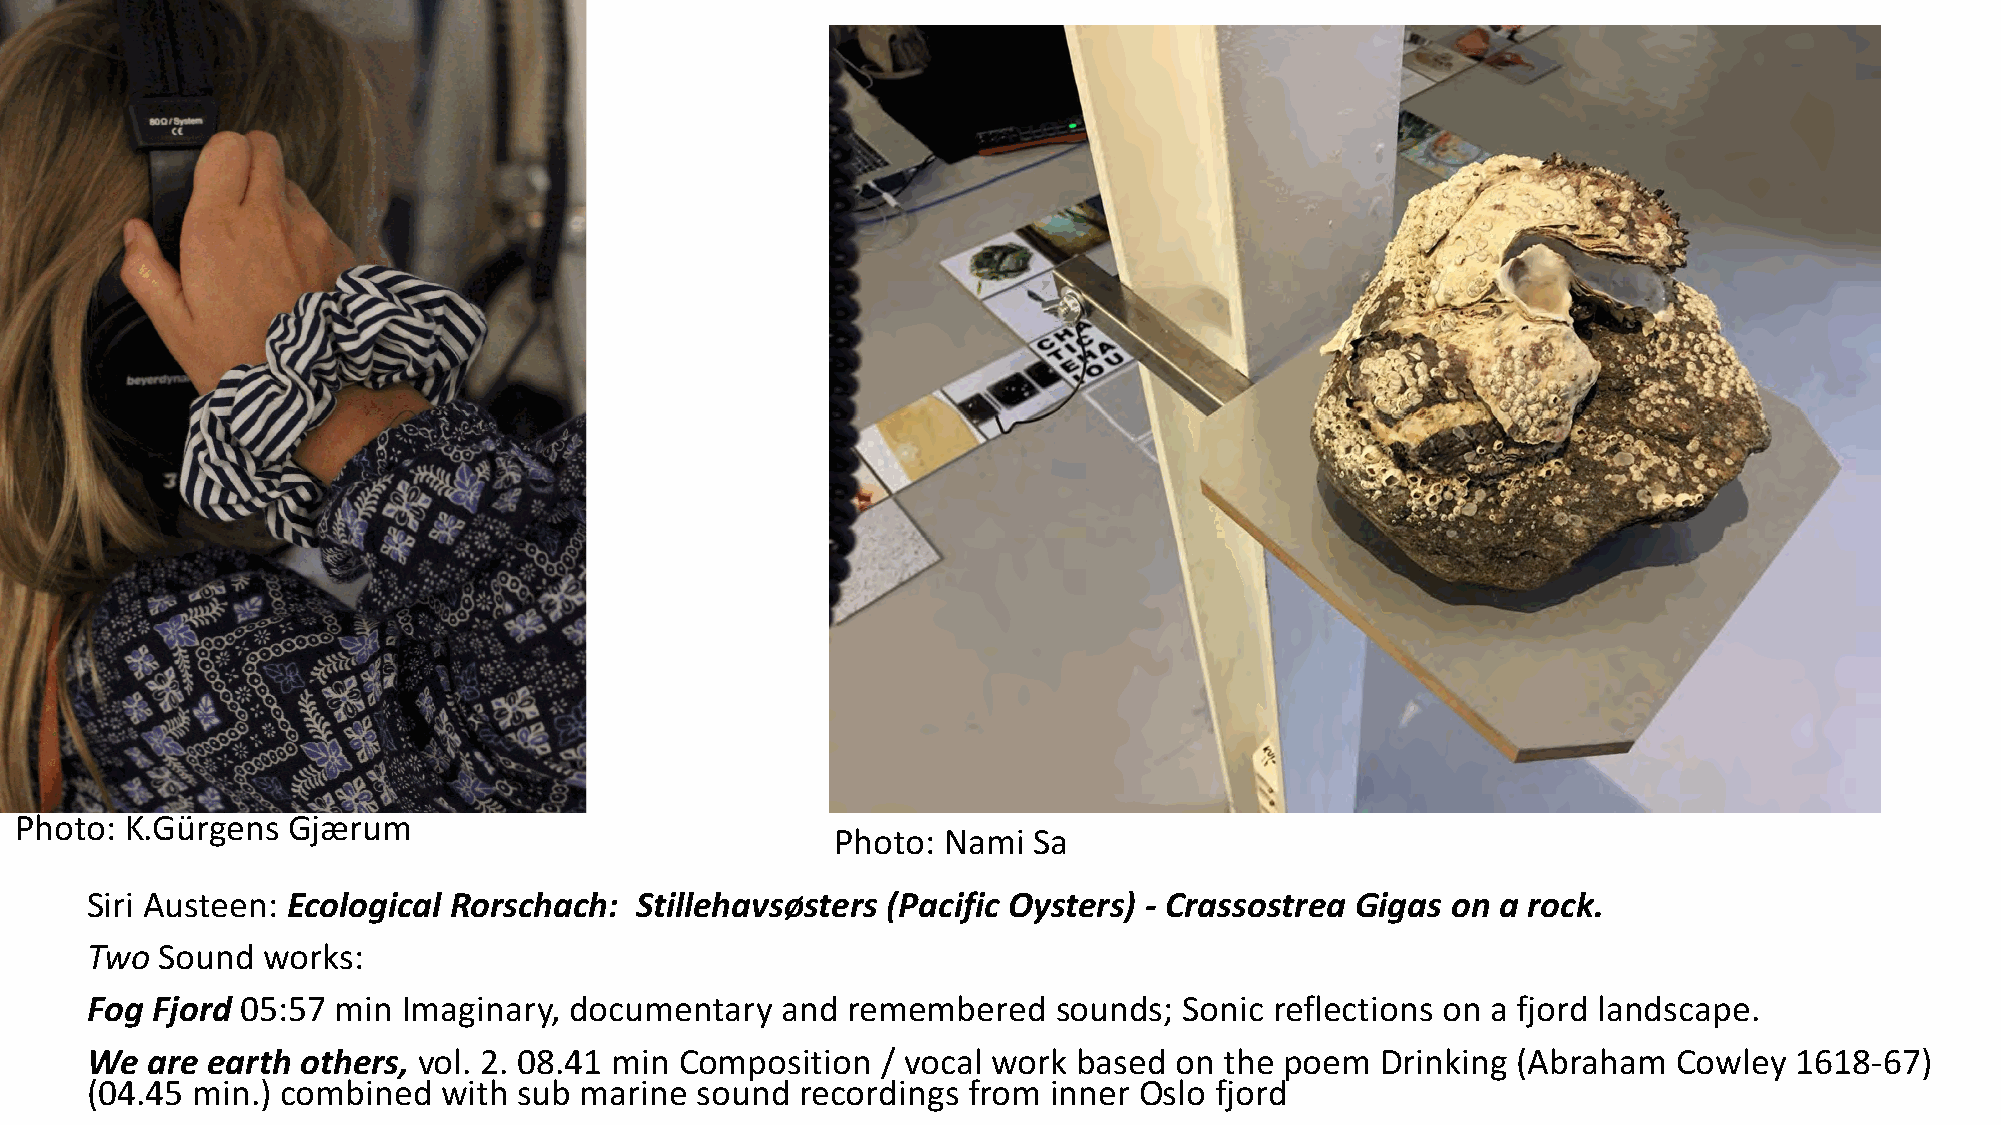
Photo: K.Gürgens  Gjærum
 Photo: Nami  Sa
 Siri Austeen: Ecological Rorschach: Stillehavsøsters (Pacific Oysters) -­‐ Crassostrea Gigas on a rock.
 Two Sound  works:
 Fog Fjord 05:57 min  Imaginary, documentary   and remembered    sounds; Sonic reflections on a fjord landscape.
 We  are earth others, vol. 2. 08.41 min Composition / vocal work based  on the poem  Drinking (Abraham   Cowley  1618-­‐67)
 (04.45 min.) combined  with sub marine  sound  recordings from inner Oslo fjord